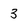
Character: 3